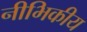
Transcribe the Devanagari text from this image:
नीभिकीय